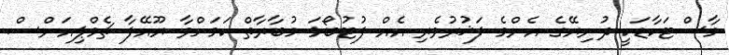
މާސްޓަކާޑަކީ ދުނިޔޭގެ އެންމެ ފަޚުރުވެރި އެއް ފުޓުބޯޅަ މުބާރާތް ކަމަށްވާ ޔޫއޭފާ ޗެމްޕިއަންސް